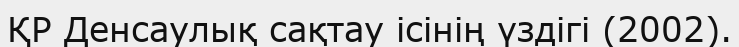
ҚР Денсаулық сақтау ісінің үздігі (2002).